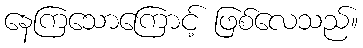
နေကြသောကြောင့် ဖြစ်လေသည်။